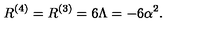
R ^ { ( 4 ) } = R ^ { ( 3 ) } = 6 \Lambda = - 6 \alpha ^ { 2 } .